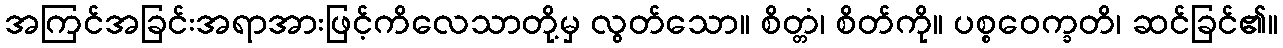
အကြင်အခြင်းအရာအားဖြင့်ကိလေသာတို့မှ လွတ်သော။ စိတ္တံ၊ စိတ်ကို။ ပစ္စဝေက္ခတိ၊ ဆင်ခြင်၏။